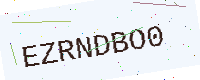
Text: EZRNDBO0